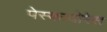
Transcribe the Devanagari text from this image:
पेस्कादोरेस